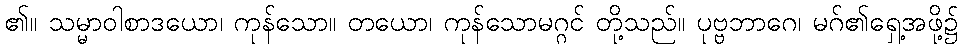
၏။ သမ္မာဝါစာဒယော၊ ကုန်သော။ တယော၊ ကုန်သောမဂ္ဂင် တို့သည်။ ပုဗ္ဗဘာဂေ၊ မဂ်၏ရှေ့အဖို့၌